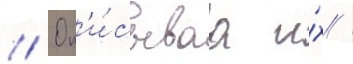
// Оп'и́сываа и́х /